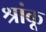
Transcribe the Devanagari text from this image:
श्रांकू